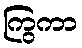
ကြွကာ